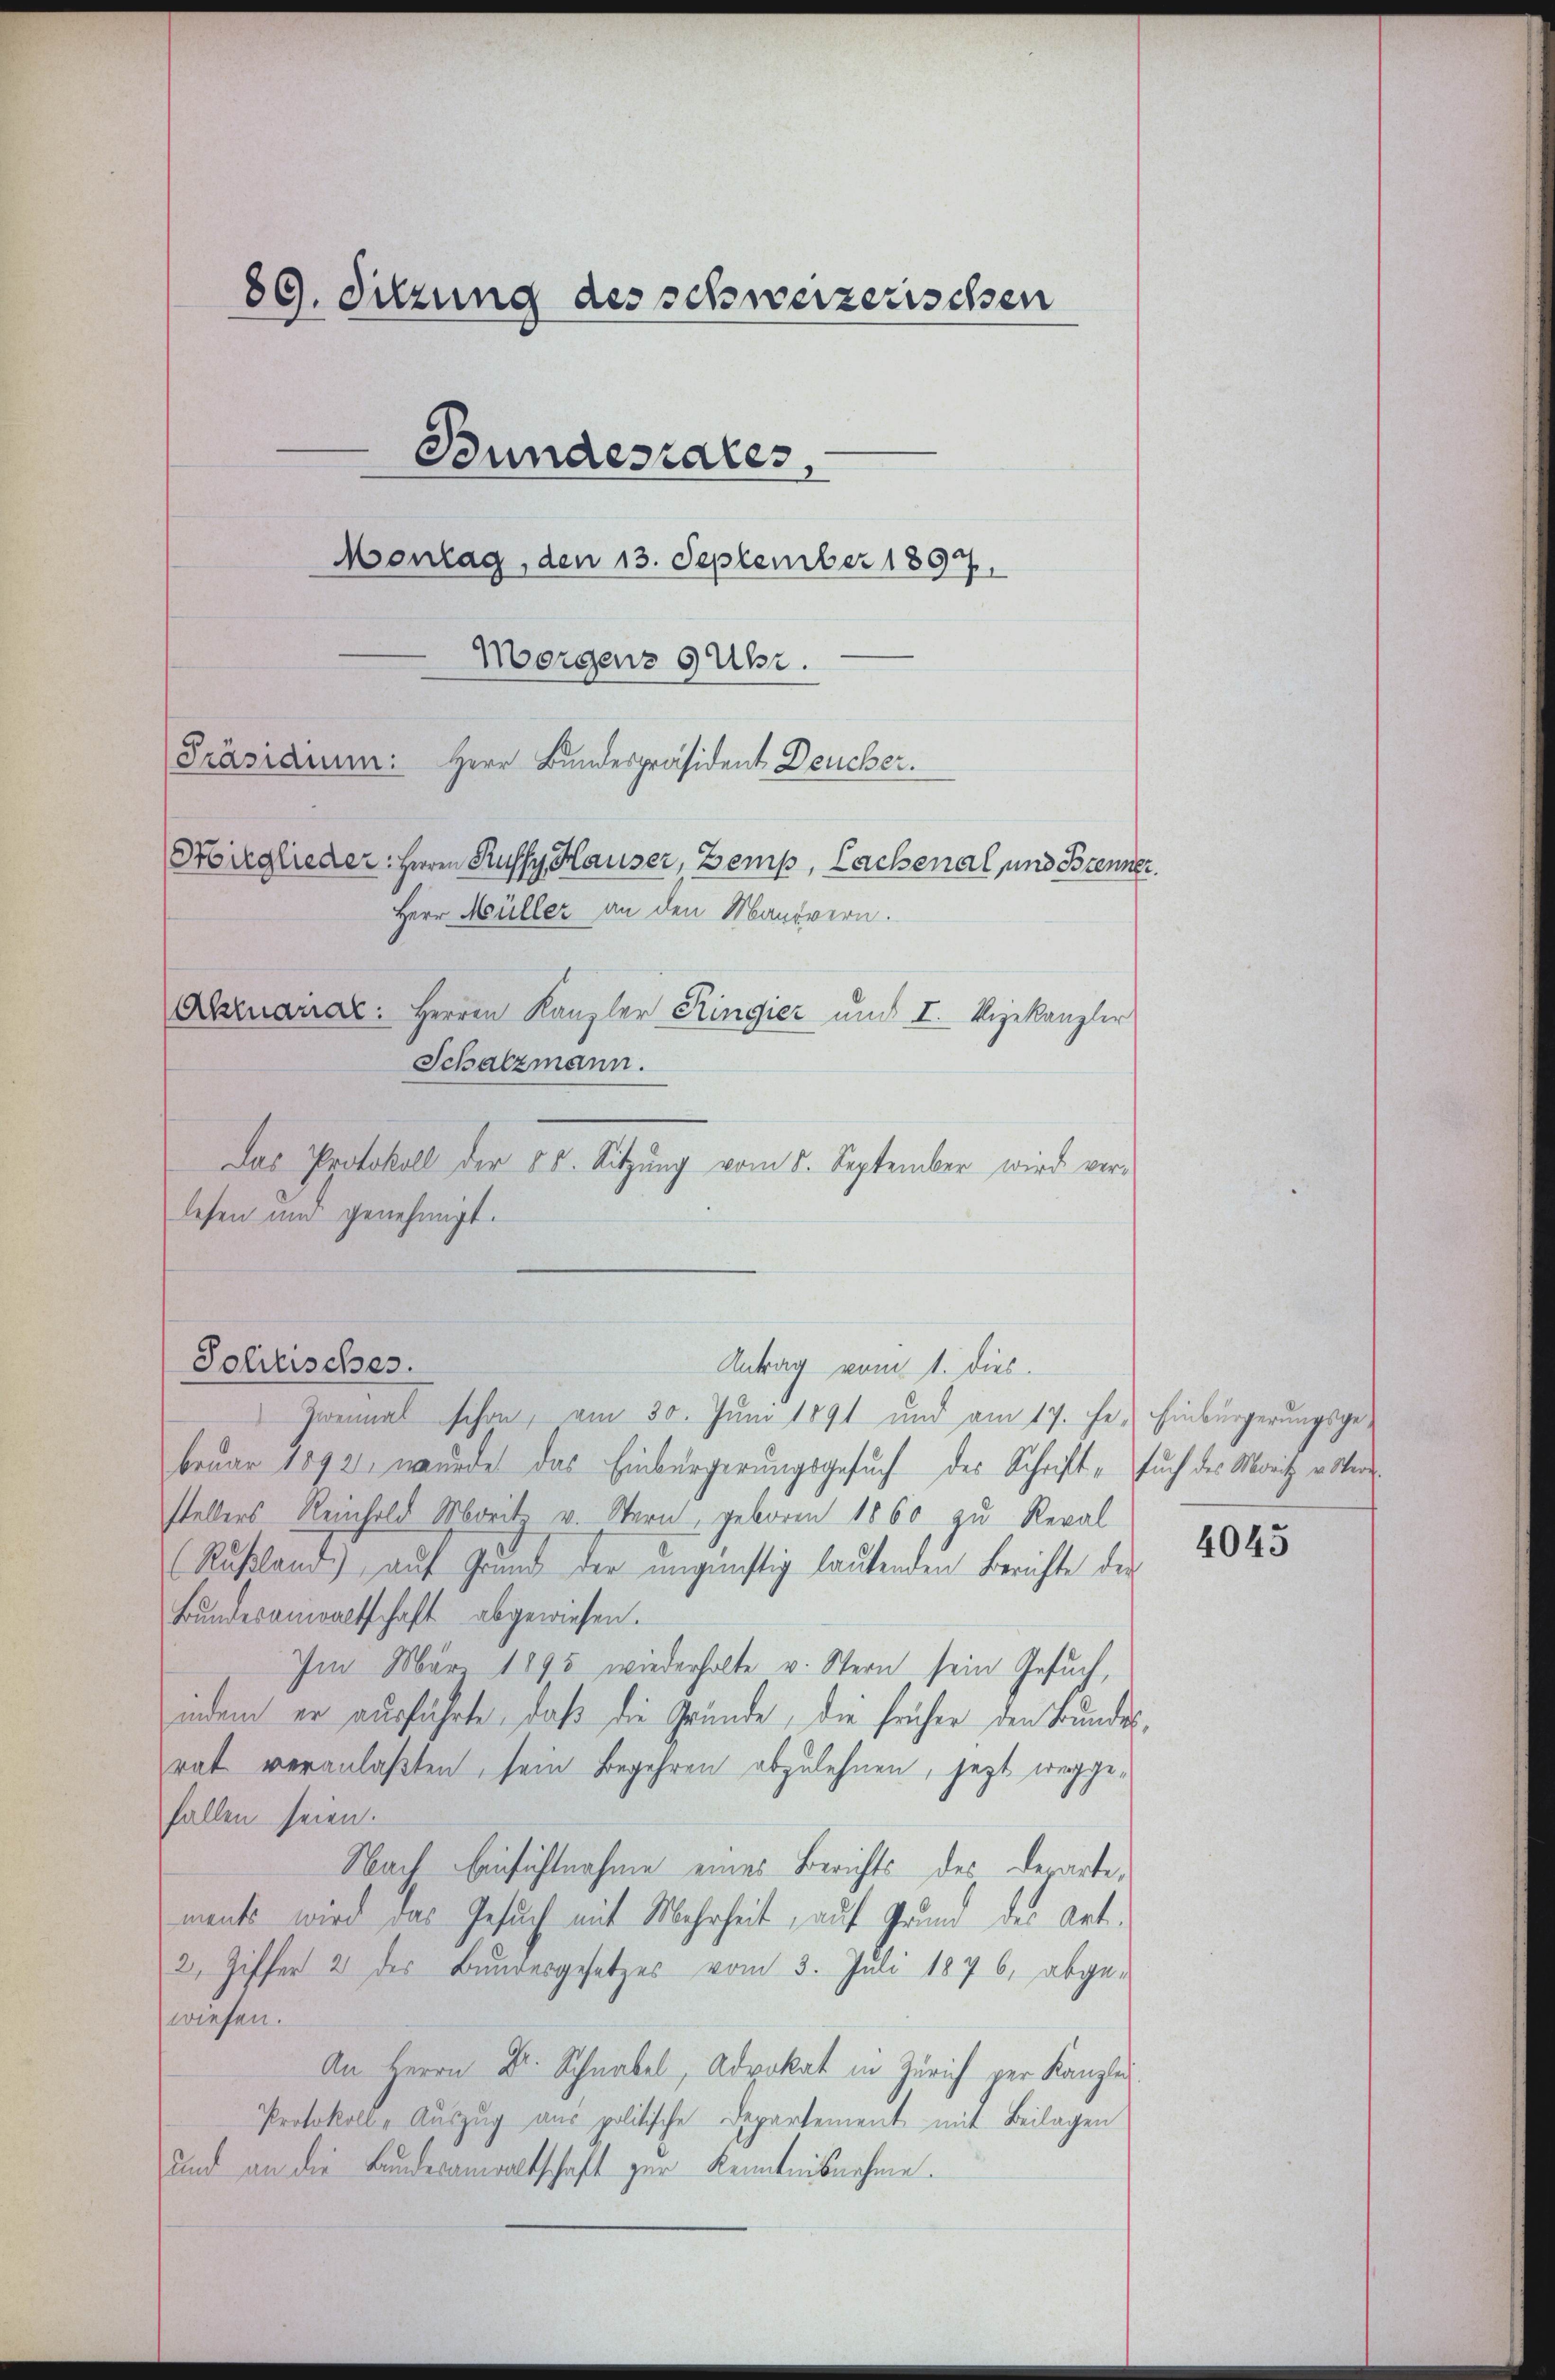
89. Sitzung des schweizerischen
Bundesrates,
Montag, den 13. September 1897.
Morgenz 9 Uhr.

Präsidium: Herr Bundespräsident Deucher.
Mirglieder: Herrn Russy Hauser, Zemp, Lachenal und Brenner
Herr Müller an den Mantvern.
Abruarrar: Herren Kanzler Ringier und I. Angekanzler
Schatzmann.
Das Protokoll der 85. Sitzŭng vom 5. September wird verlesen und genehmigt.

Soleisches.

Antrag vom 1. dies

Zweimal schon, am 30. Juni 1891 und am 17. fe. Einbürgerungsgebruar 1892 wurde das Einbürgerungsgesuch des Schrift, such des Moritz v. Morstellers Reinhold Moritz v. Stern, geboren 1860 zu Reval
(Rußland) auf Grund der ungünstig lautenden Berichte der
Bŭndesanwaltschaft abgewiesen.
Im März 1895 wiederholte v. Stern sein Gesuch,
indem er ausführte, daß die Gründe, die früher den Bundesrat veranlaßten, sein Begehren abzulehnen, jezt weggefallen seien.
Nach Einsichtnahme eines Berichts des Departements wird das Gesuch mit Mehrheit, auf Grund des Art.
2, Ziffer 2 des Bundesgesetzes vom 3. Juli 1876, abge-
wiesen.
An Herrn Dr. Schnabel, Advokat in Zürich per Kanzlei
Protokoll- Auszug aus politische Departement mit Beilagen
und an die Bundesamentschaft zur Kenntnisnehme.

4045